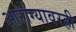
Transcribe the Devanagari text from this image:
आरोग्यावरही